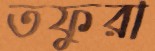
তফুরা